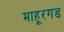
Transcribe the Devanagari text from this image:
माहूरगड